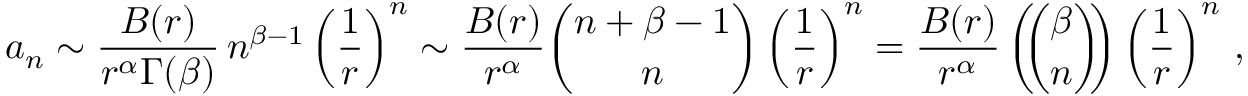
a _ { n } \sim { \frac { B ( r ) } { r ^ { \alpha } \Gamma ( \beta ) } } \, n ^ { \beta - 1 } \left( { \frac { 1 } { r } } \right) ^ { n } \sim { \frac { B ( r ) } { r ^ { \alpha } } } { \binom { n + \beta - 1 } { n } } \left( { \frac { 1 } { r } } \right) ^ { n } = { \frac { B ( r ) } { r ^ { \alpha } } } \left( \! \! { \binom { \beta } { n } } \! \! \right) \left( { \frac { 1 } { r } } \right) ^ { n } \, ,